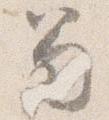
笏